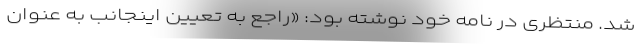
شد. منتظری در نامه خود نوشته بود: «راجع به تعیین اینجانب به عنوان